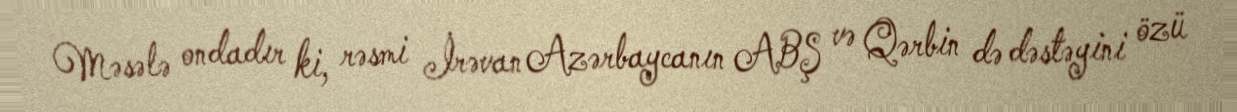
Məsələ ondadır ki, rəsmi İrəvan Azərbaycanın ABŞ və Qərbin də dəstəyini özü